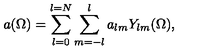
a ( \Omega ) = \sum _ { l = 0 } ^ { l = N } \sum _ { m = - l } ^ { l } a _ { l m } Y _ { l m } ( \Omega ) ,